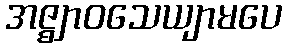
အဇ္ဈာဝသေယျာမပေ